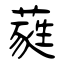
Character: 蕤